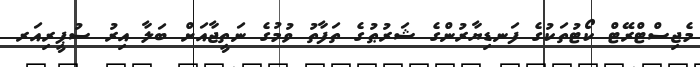
މެޖިސްޓްރޭޓް ކޯޓުތަކުގެ ފަނޑިޔާރުންގެ ޝަރުޠުގެ ތަފާތު ވުމުގެ ނަތީޖާއަށް ބަލާ އިރު ސުޕީރިއަރ